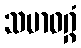
သမာဓဂ္ဂံ